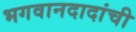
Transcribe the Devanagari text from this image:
भगवानदादांची